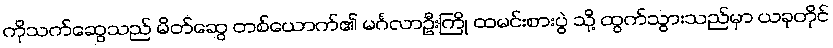
ကိုသက်ဆွေသည် မိတ်ဆွေ တစ်ယောက်၏ မင်္ဂလာဦးကြို ထမင်းစားပွဲ သို့ ထွက်သွားသည်မှာ ယခုတိုင်